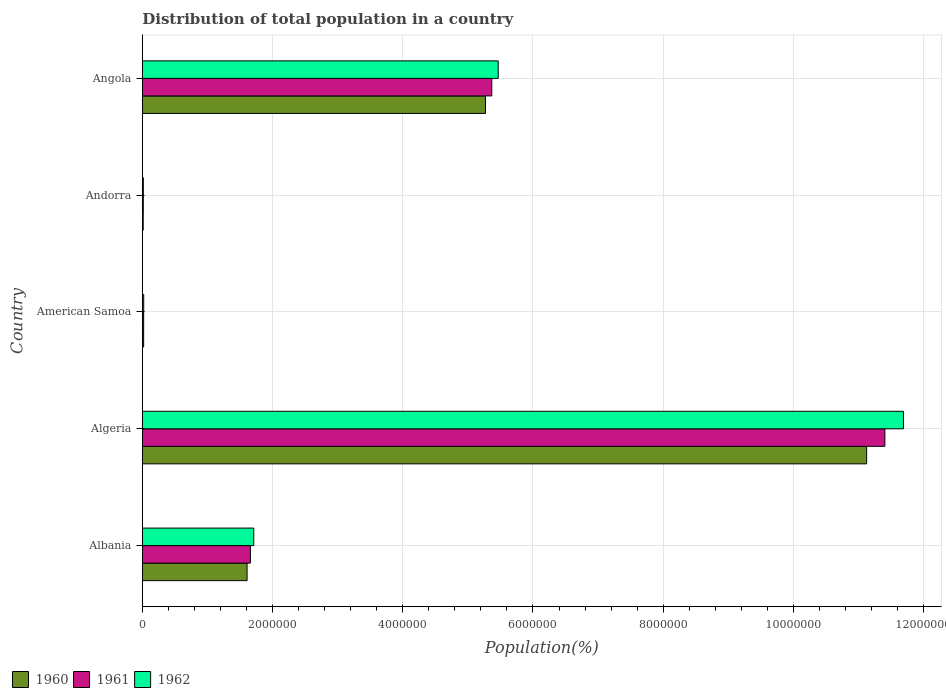
| Country | 1960 | 1961 | 1962 |
 | --- | --- | --- | --- |
 | Albania | 1.61e+06 | 1.66e+06 | 1.71e+06 |
 | Algeria | 1.11e+07 | 1.14e+07 | 1.17e+07 |
 | American Samoa | 2e+04 | 2.05e+04 | 2.11e+04 |
 | Andorra | 1.34e+04 | 1.44e+04 | 1.54e+04 |
 | Angola | 5.27e+06 | 5.37e+06 | 5.47e+06 |